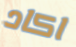
اكاد